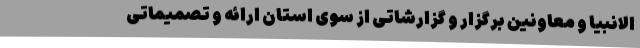
الانبیا و معاونین برگزار و گزارشاتی از سوی استان ارائه و تصمیماتی